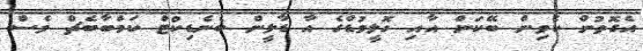
އެގޮތުން ކެވިން ބޭކަން އާއި ހޮލީވުޑްގެ އާ ޑާލީން ބެނެޑިކްޓް ކަމްބާބެޗް ވެސް